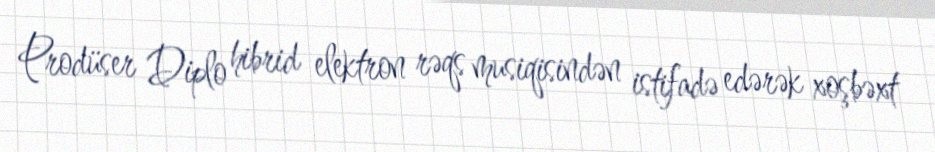
Prodüser Diplo hibrid elektron rəqs musiqisindən istifadə edərək xoşbəxt